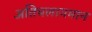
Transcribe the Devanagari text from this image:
अतिचलायमान